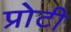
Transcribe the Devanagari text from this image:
प्रोटी